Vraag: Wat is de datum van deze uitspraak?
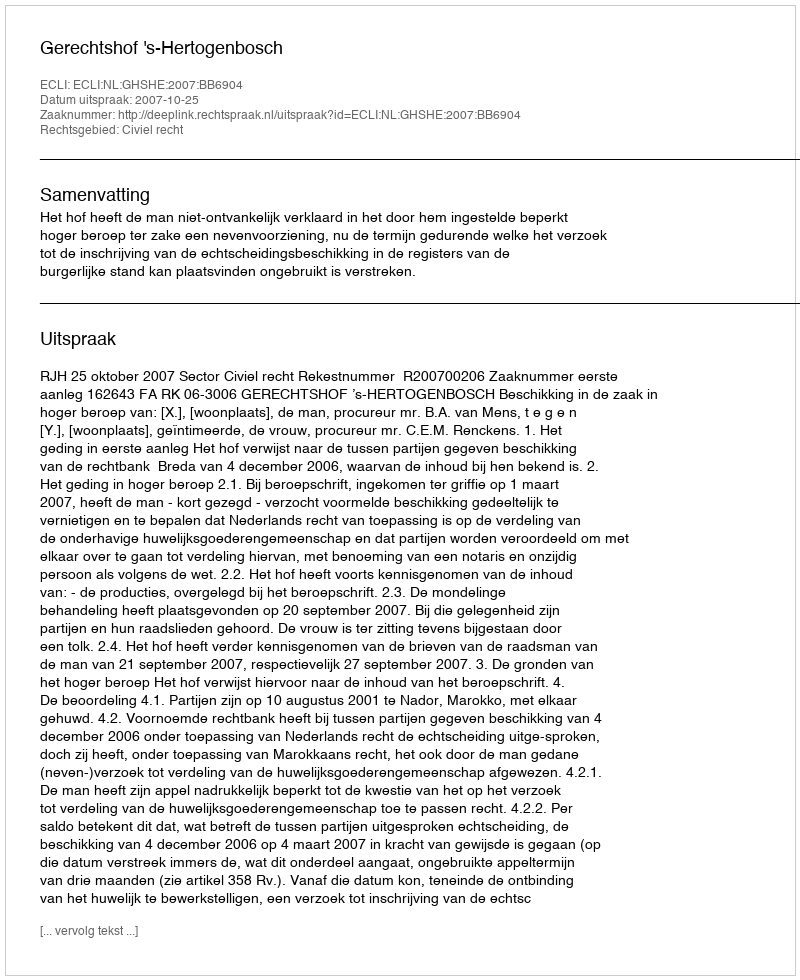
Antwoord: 2007-10-25